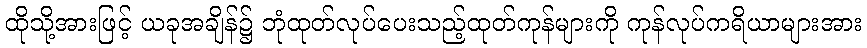
ထိုသို့အားဖြင့် ယခုအချိန်၌ ဘုံထုတ်လုပ်ပေးသည့်ထုတ်ကုန်များကို ကုန်လုပ်ကရိယာများအား